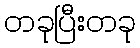
တခုပြီးတခု